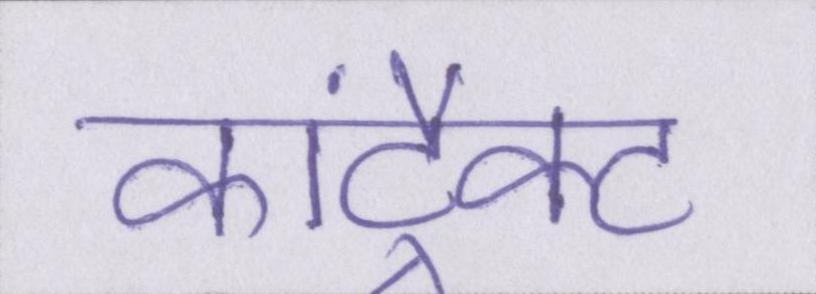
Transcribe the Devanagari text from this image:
कांट्रैक्ट